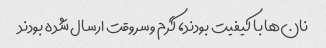
نان‌ها با کیفیت بودند، گرم و سروقت ارسال شده بودند